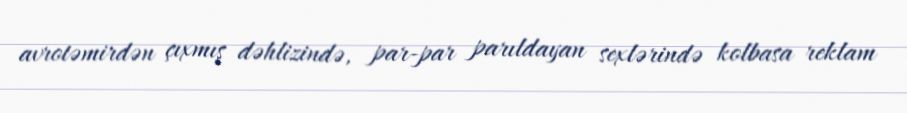
avrotəmirdən çıxmış dəhlizində, par-par parıldayan sexlərində kolbasa reklam